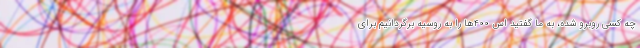
چه کسی روبرو شده، به ما گفتید اس ۴۰۰‌ها را به روسیه برگردانیم برای